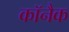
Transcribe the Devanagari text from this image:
कॉनैक